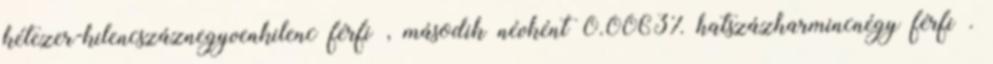
kétezer-kilencszáznegyvenkilenc férfi , második névként 0.0063% hatszázharmincnégy férfi .